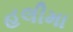
હલીમા